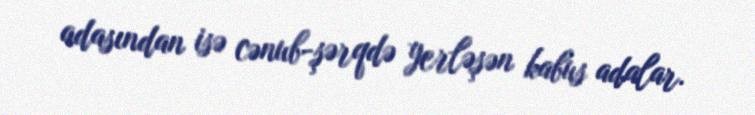
adasından isə cənub-şərqdə yerləşən kabus adalar.